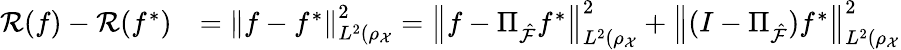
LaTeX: \begin{array}{rl}{{\cal R}(f)-{\cal R}(f^{*})}&{=\left\| f-f^{*}\right\| _{L^{2}(\rho_{\mathcal{X}}}^{2}=\left\| f-\Pi_{\hat{\cal F}}f^{*}\right\| _{L^{2}(\rho_{\mathcal{X}}}^{2}+\left\| (I-\Pi_{\hat{\cal F}})f^{*}\right\| _{L^{2}(\rho_{\mathcal{X}}}^{2}}\end{array}